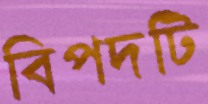
বিপদটি